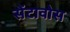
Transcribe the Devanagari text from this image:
सेंटावोस